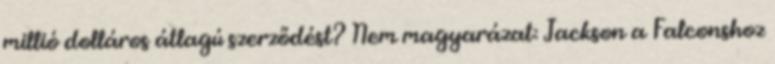
millió dolláros átlagú szerződést? Nem magyarázat: Jackson a Falconshoz